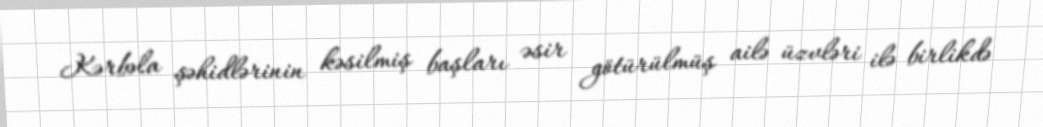
Kərbəla şəhidlərinin kəsilmiş başları əsir götürülmüş ailə üzvləri ilə birlikdə